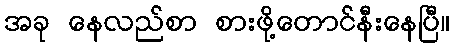
အခု နေလည်စာ စားဖို့တောင်နီးနေပြီ။